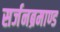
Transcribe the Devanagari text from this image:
सर्जनब्रमाण्ड